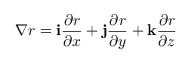
\nabla r = { \mathbf { i } \frac { \partial r } { \partial x } + \mathbf { j } \frac { \partial r } { \partial y } + \mathbf { k } \frac { \partial r } { \partial z } }